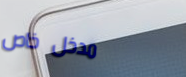
مدخل خاص